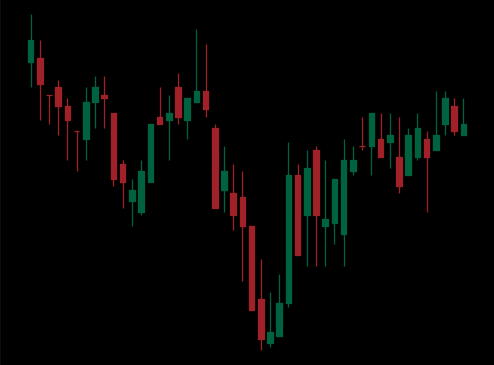
Pattern: inverse_head_shoulders